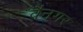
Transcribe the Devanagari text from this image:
वैनगर